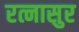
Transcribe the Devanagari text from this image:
रत्नासुर